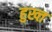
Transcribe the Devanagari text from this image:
हुख्त